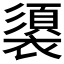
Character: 𮖶